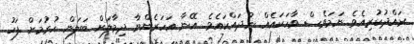
ރައްދުކުރިއެވެ. ނަމަވެސް ވާހަކައެއް ނުދައްކައެވެ. އޭނާ އަހަރެންނާ ދިމާލަށް ބަލަން ހުރުމަށް ފަހު